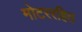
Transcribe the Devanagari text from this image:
मोटररहित